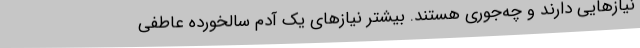
نیازهایی دارند و چه‌جوری هستند. بیشتر نیازهای یک آدم سالخورده عاطفی